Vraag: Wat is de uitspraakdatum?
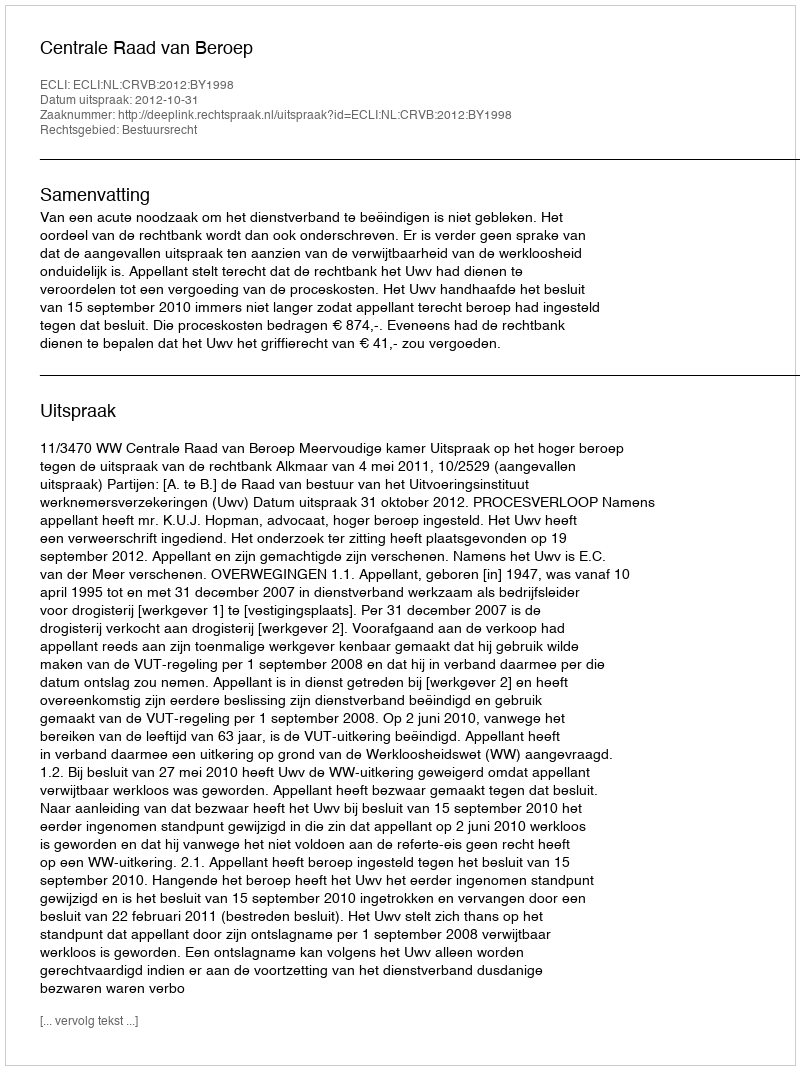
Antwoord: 2012-10-31